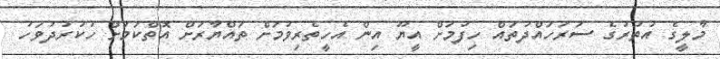
މާލީގެ އުތުރުގެ ސަރަހައްދުތައް ހިފުމަށް އީޔޫ އިން އެހީތެރިވުމަށް ތައްޔާރަށް އޮތްކަމަށް ހުކުރުދުވަހު